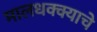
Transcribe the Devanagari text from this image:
मालधक्क्याचे